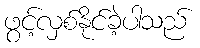
ဖွင့်လှစ်နိုင်ခဲ့ပါသည်